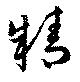
精